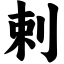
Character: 剌